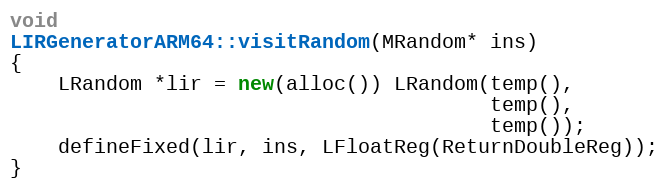
Language: C++
void
LIRGeneratorARM64::visitRandom(MRandom* ins)
{
    LRandom *lir = new(alloc()) LRandom(temp(),
                                        temp(),
                                        temp());
    defineFixed(lir, ins, LFloatReg(ReturnDoubleReg));
}